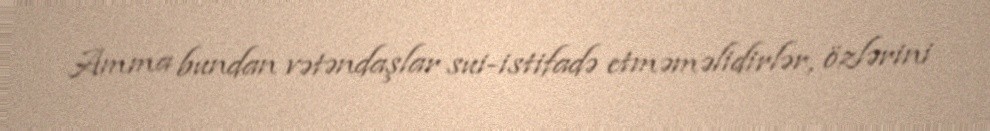
Amma bundan vətəndaşlar sui-istifadə etməməlidirlər, özlərini